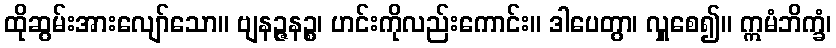
ထိုဆွမ်းအားလျော်သော။ ဗျနဉ္ဇနဉ္စ၊ ဟင်းကိုလည်းကောင်း။ ဒါပေတွာ၊ လှူစေ၍။ ဣမံဘိက္ခံ၊